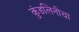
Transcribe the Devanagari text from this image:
कुंडलिनीचा